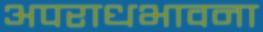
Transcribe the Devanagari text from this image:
अपराधभावना